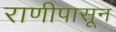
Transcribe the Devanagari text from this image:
राणीपासून